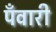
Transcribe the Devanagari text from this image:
पँवारी